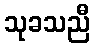
သုခသညီ